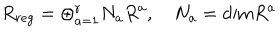
R _ { r e g } = \oplus _ { a = 1 } ^ { r } N _ { a } R ^ { a } , \quad N _ { a } = \mathrm { d i m } R ^ { a }